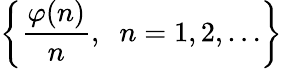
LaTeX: \left\{ {\frac{\varphi(n)}{n}},\; \; n=1,2,\ldots\right\}